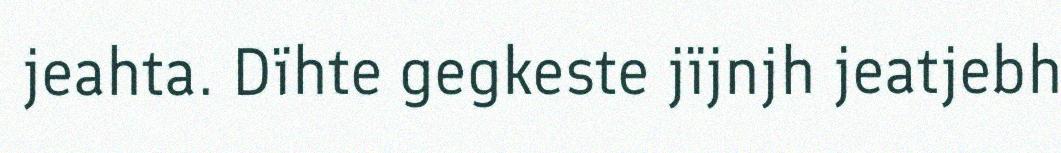
jeahta. Dïhte gegkeste jïjnjh jeatjebh